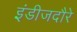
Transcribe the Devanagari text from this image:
इंडीजदौरे